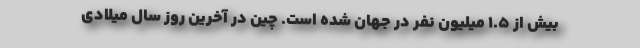
بیش از 1.5 میلیون نفر در جهان شده است. چین در آخرین روز سال میلادی